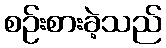
စဉ်းစားခဲ့သည်